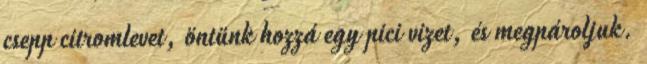
csepp citromlevet, öntünk hozzá egy pici vizet, és megpároljuk.